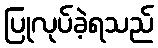
ပြုလုပ်ခဲ့ရသည်